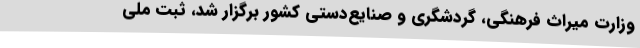
وزارت میراث فرهنگی، گردشگری و صنایع‌دستی کشور برگزار شد، ثبت ملی